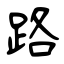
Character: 路